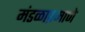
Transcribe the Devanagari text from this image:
मंडळाप्रमाणे